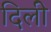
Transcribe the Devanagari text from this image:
दिलीे